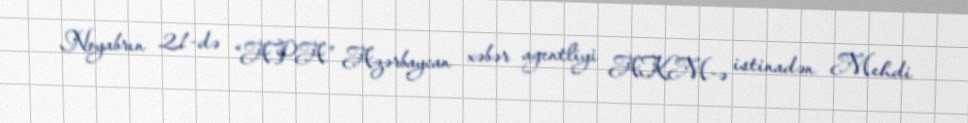
Noyabrın 21-də “APA” Azərbaycan xəbər agentliyi AKM-ə istinadən Mehdi